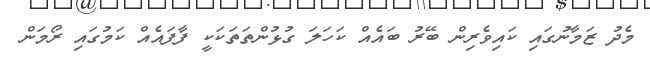
މެދު ޒަމާނުގައި ކައިވެރިން ބޭރު ބައެއް ކަހަލަ ގުޅުންތަތަކަކީ ފާފައެއް ކަމުގައި ރޯމަން